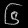
Digit: ၆